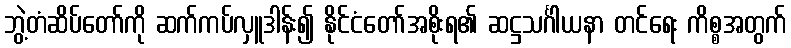
ဘွဲ့တံဆိပ်တော်ကို ဆက်ကပ်လှူဒါန်း၍ နိုင်ငံတော်အစိုးရ၏ ဆဋ္ဌသင်္ဂါယနာ တင်ရေး ကိစ္စအတွက်